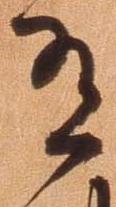
有